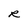
Character: R